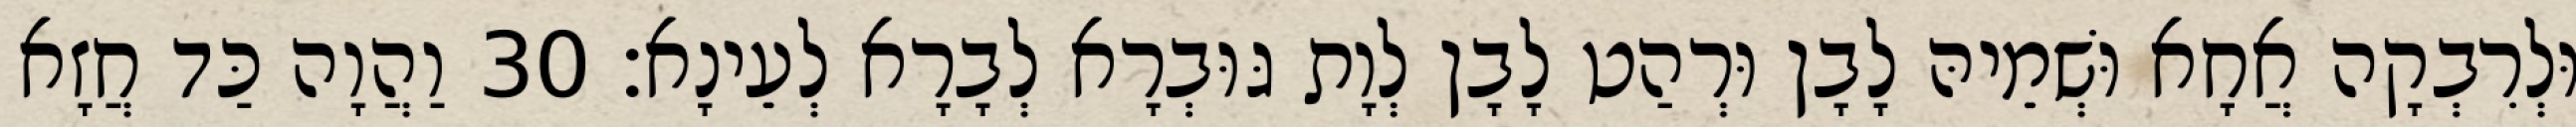
וּלְרִבְקָה אֲחָא וּשְׁמֵיהּ לָבָן וּרְהַט לָבָן לְוָת גּוּבְרָא לְבָרָא לְעֵינָא׃ 30 וַהֲוָה כַּד חֲזָא